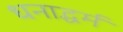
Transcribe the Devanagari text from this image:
धनाद्धर्मं